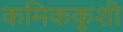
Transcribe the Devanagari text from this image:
कमिककुशी